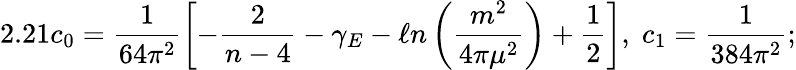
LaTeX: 2.21c_{0}=\frac{1}{64\pi^{2}}\left[-\frac{2}{n-4}-\gamma_{E}-\ell n\left(\frac{m^{2}}{4\pi\mu^{2}}\right)+\frac{1}{2}\right],\; c_{1}=\frac{1}{384\pi^{2}};